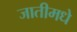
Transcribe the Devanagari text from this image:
जातीमधे